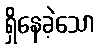
ရှိနေခဲ့သော